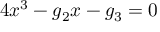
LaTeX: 4 x ^ { 3 } - g _ { 2 } x - g _ { 3 } = 0